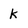
Character: k